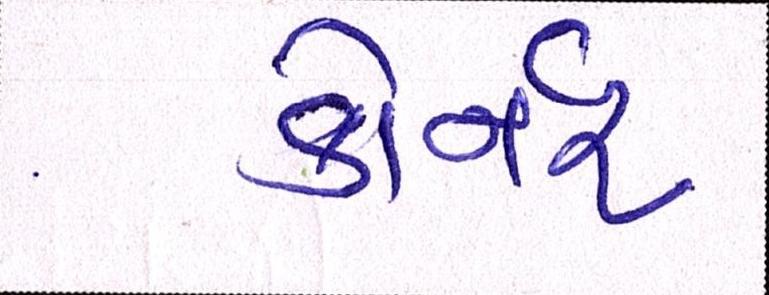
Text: કોર્નર